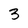
Character: 3